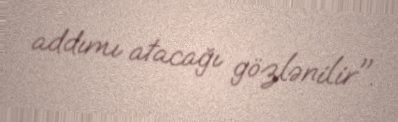
addımı atacağı gözlənilir".